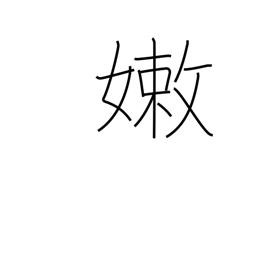
Meaning: weak